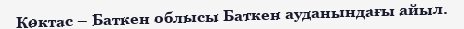
Көктас – Баткен облысы Баткен ауданындағы айыл.